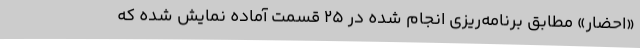
«احضار» مطابق برنامه‌ریزی انجام شده در ۲۵ قسمت آماده نمایش شده که